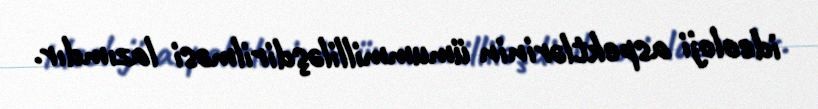
ideoloji aspektlərinin ümummilliləşdirilməsi lazımdır.